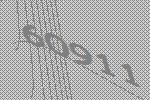
60911